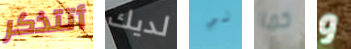
أتتذكر لديك لي كما و